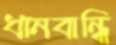
ধানবান্ধি